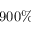
9 0 0 \%